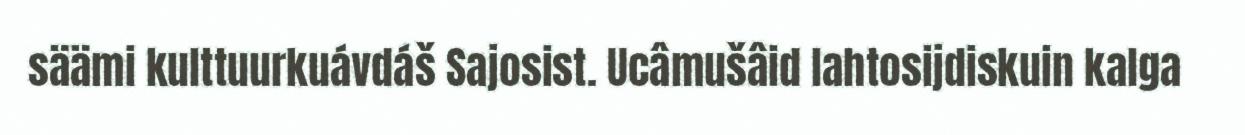
säämi kulttuurkuávdáš Sajosist. Ucâmušâid lahtosijdiskuin kalga